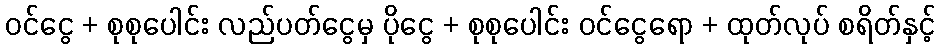
ဝင်ငွေ + စုစုပေါင်း လည်ပတ်ငွေမှ ပိုငွေ + စုစုပေါင်း ဝင်ငွေရော + ထုတ်လုပ် စရိတ်နှင့်